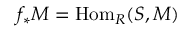
f _ { * } M = \operatorname { H o m } _ { R } ( S , M )